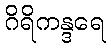
ဂိရိကန္ဒရေ